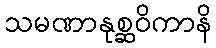
သမဏာနုစ္ဆဝိကာနိ